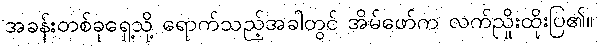
အခန်းတစ်ခုရှေ့သို့ ရောက်သည့်အခါတွင် အိမ်ဖော်က လက်ညှိုးထိုးပြ၏။